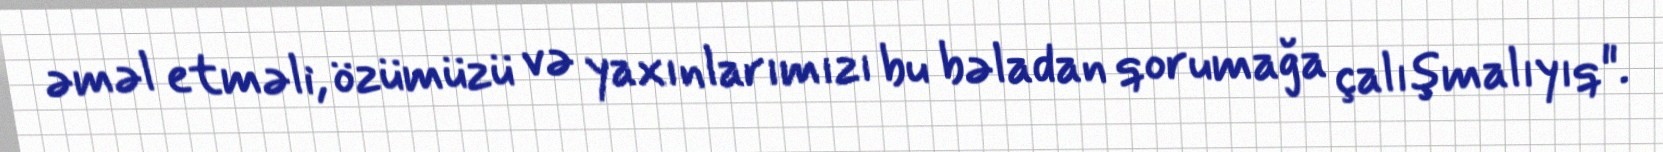
əməl etməli, özümüzü və yaxınlarımızı bu bəladan qorumağa çalışmalıyıq".